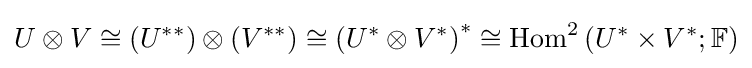
U\otimes V\cong \left(U^{**}\right)\otimes \left(V^{**}\right)\cong \left(U^{*}\otimes V^{*}\right)^{*}\cong \operatorname {Hom} ^{2}\left(U^{*}\times V^{*};\mathbb {F} \right)